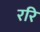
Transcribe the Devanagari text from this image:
ररि